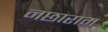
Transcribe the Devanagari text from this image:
नछाराम